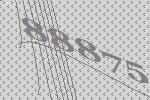
88875